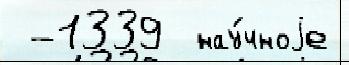
 -1339  нау́чноjе